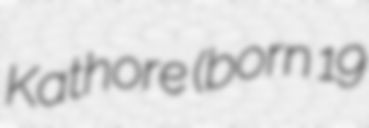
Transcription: Kathore (born 19